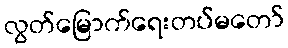
လွတ်မြောက်ရေးတပ်မတော်